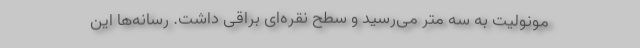
مونولیت به سه متر می‌رسید و سطح نقره‌ای براقی داشت. رسانه‌ها این